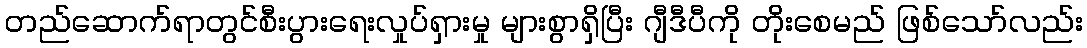
တည်ဆောက်ရာတွင်စီးပွားရေးလှုပ်ရှားမှု များစွာရှိပြီး ဂျီဒီပီကို တိုးစေမည် ဖြစ်သော်လည်း